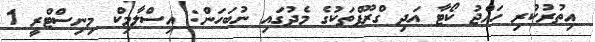
އިތުރުކުރި ހައްޖު ކޯޓާ އަދި ގްރޫޕްތަކުގެ މެދުގައި ނުބަހަން: އިސްލާމިކް މިނިސްޓްރީ 1